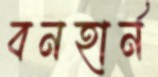
বনহার্ন